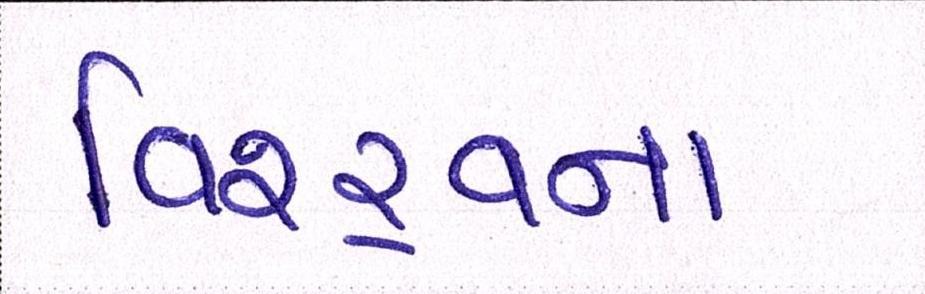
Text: વિશ્ર્વના